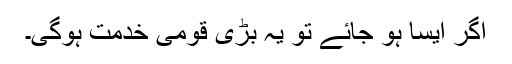
اگر ایسا ہو جائے تو یہ بڑی قومی خدمت ہوگی۔